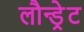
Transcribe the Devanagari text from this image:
लौन्ड्रेट